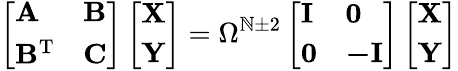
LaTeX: \left[\begin{array}{ll}{\mathbf{A}}&{\mathbf{B}}\\ {\mathbf{B}^{\mathrm{T}}}&{\mathbf{C}}\end{array}\right]\left[\begin{array}{l}{\mathbf{X}}\\ {\mathbf{Y}}\end{array}\right]=\Omega^{\mathbb{N}\pm2}\left[\begin{array}{ll}{\mathbf{I}}&{\mathbf{0}}\\ {\mathbf{0}}&{\mathbf{-I}}\end{array}\right]\left[\begin{array}{l}{\mathbf{X}}\\ {\mathbf{Y}}\end{array}\right]